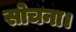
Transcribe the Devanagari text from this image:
सोचना।